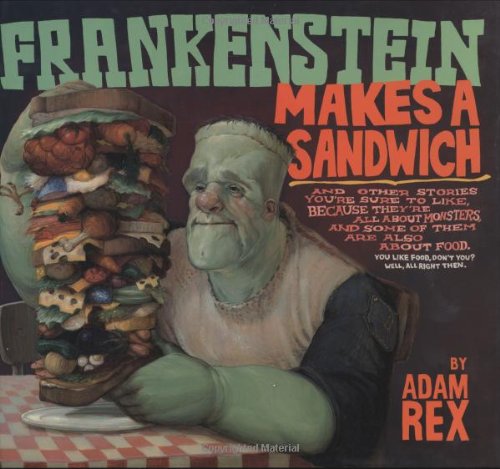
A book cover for Frankenstein Makes a Sandwich; Adam Rex; Humor & Entertainment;